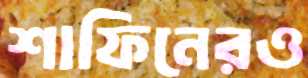
শাফিনেরও